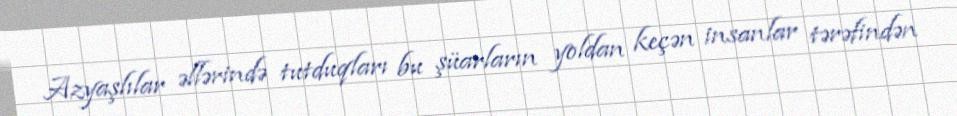
Azyaşlılar əllərində tutduqları bu şüarların yoldan keçən insanlar tərəfindən